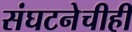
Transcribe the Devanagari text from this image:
संघटनेचीही